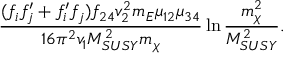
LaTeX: { \frac { ( f _ { i } f _ { j } ^ { \prime } + f _ { i } ^ { \prime } f _ { j } ) f _ { 2 4 } v _ { 2 } ^ { 2 } m _ { E } \mu _ { 1 2 } \mu _ { 3 4 } } { 1 6 \pi ^ { 2 } v _ { 1 } M _ { S U S Y } ^ { 2 } m _ { \chi } } } \ln { \frac { m _ { \chi } ^ { 2 } } { M _ { S U S Y } ^ { 2 } } } .